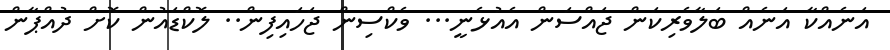
އަނެއްކާ އަނެއް ބަލާވެރިކަން ޖައްސަން އެއުޅެނީ... ވެކްސިން ޖަހައިފިން.. ލޮކްޑައުން ކޮށް ދުއްޕާން